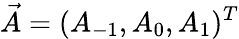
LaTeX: \vec{A}=(A_{-1},A_{0},A_{1})^{T}